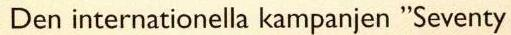
Den internationella kampanjen "Seventy